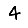
Digit: 4